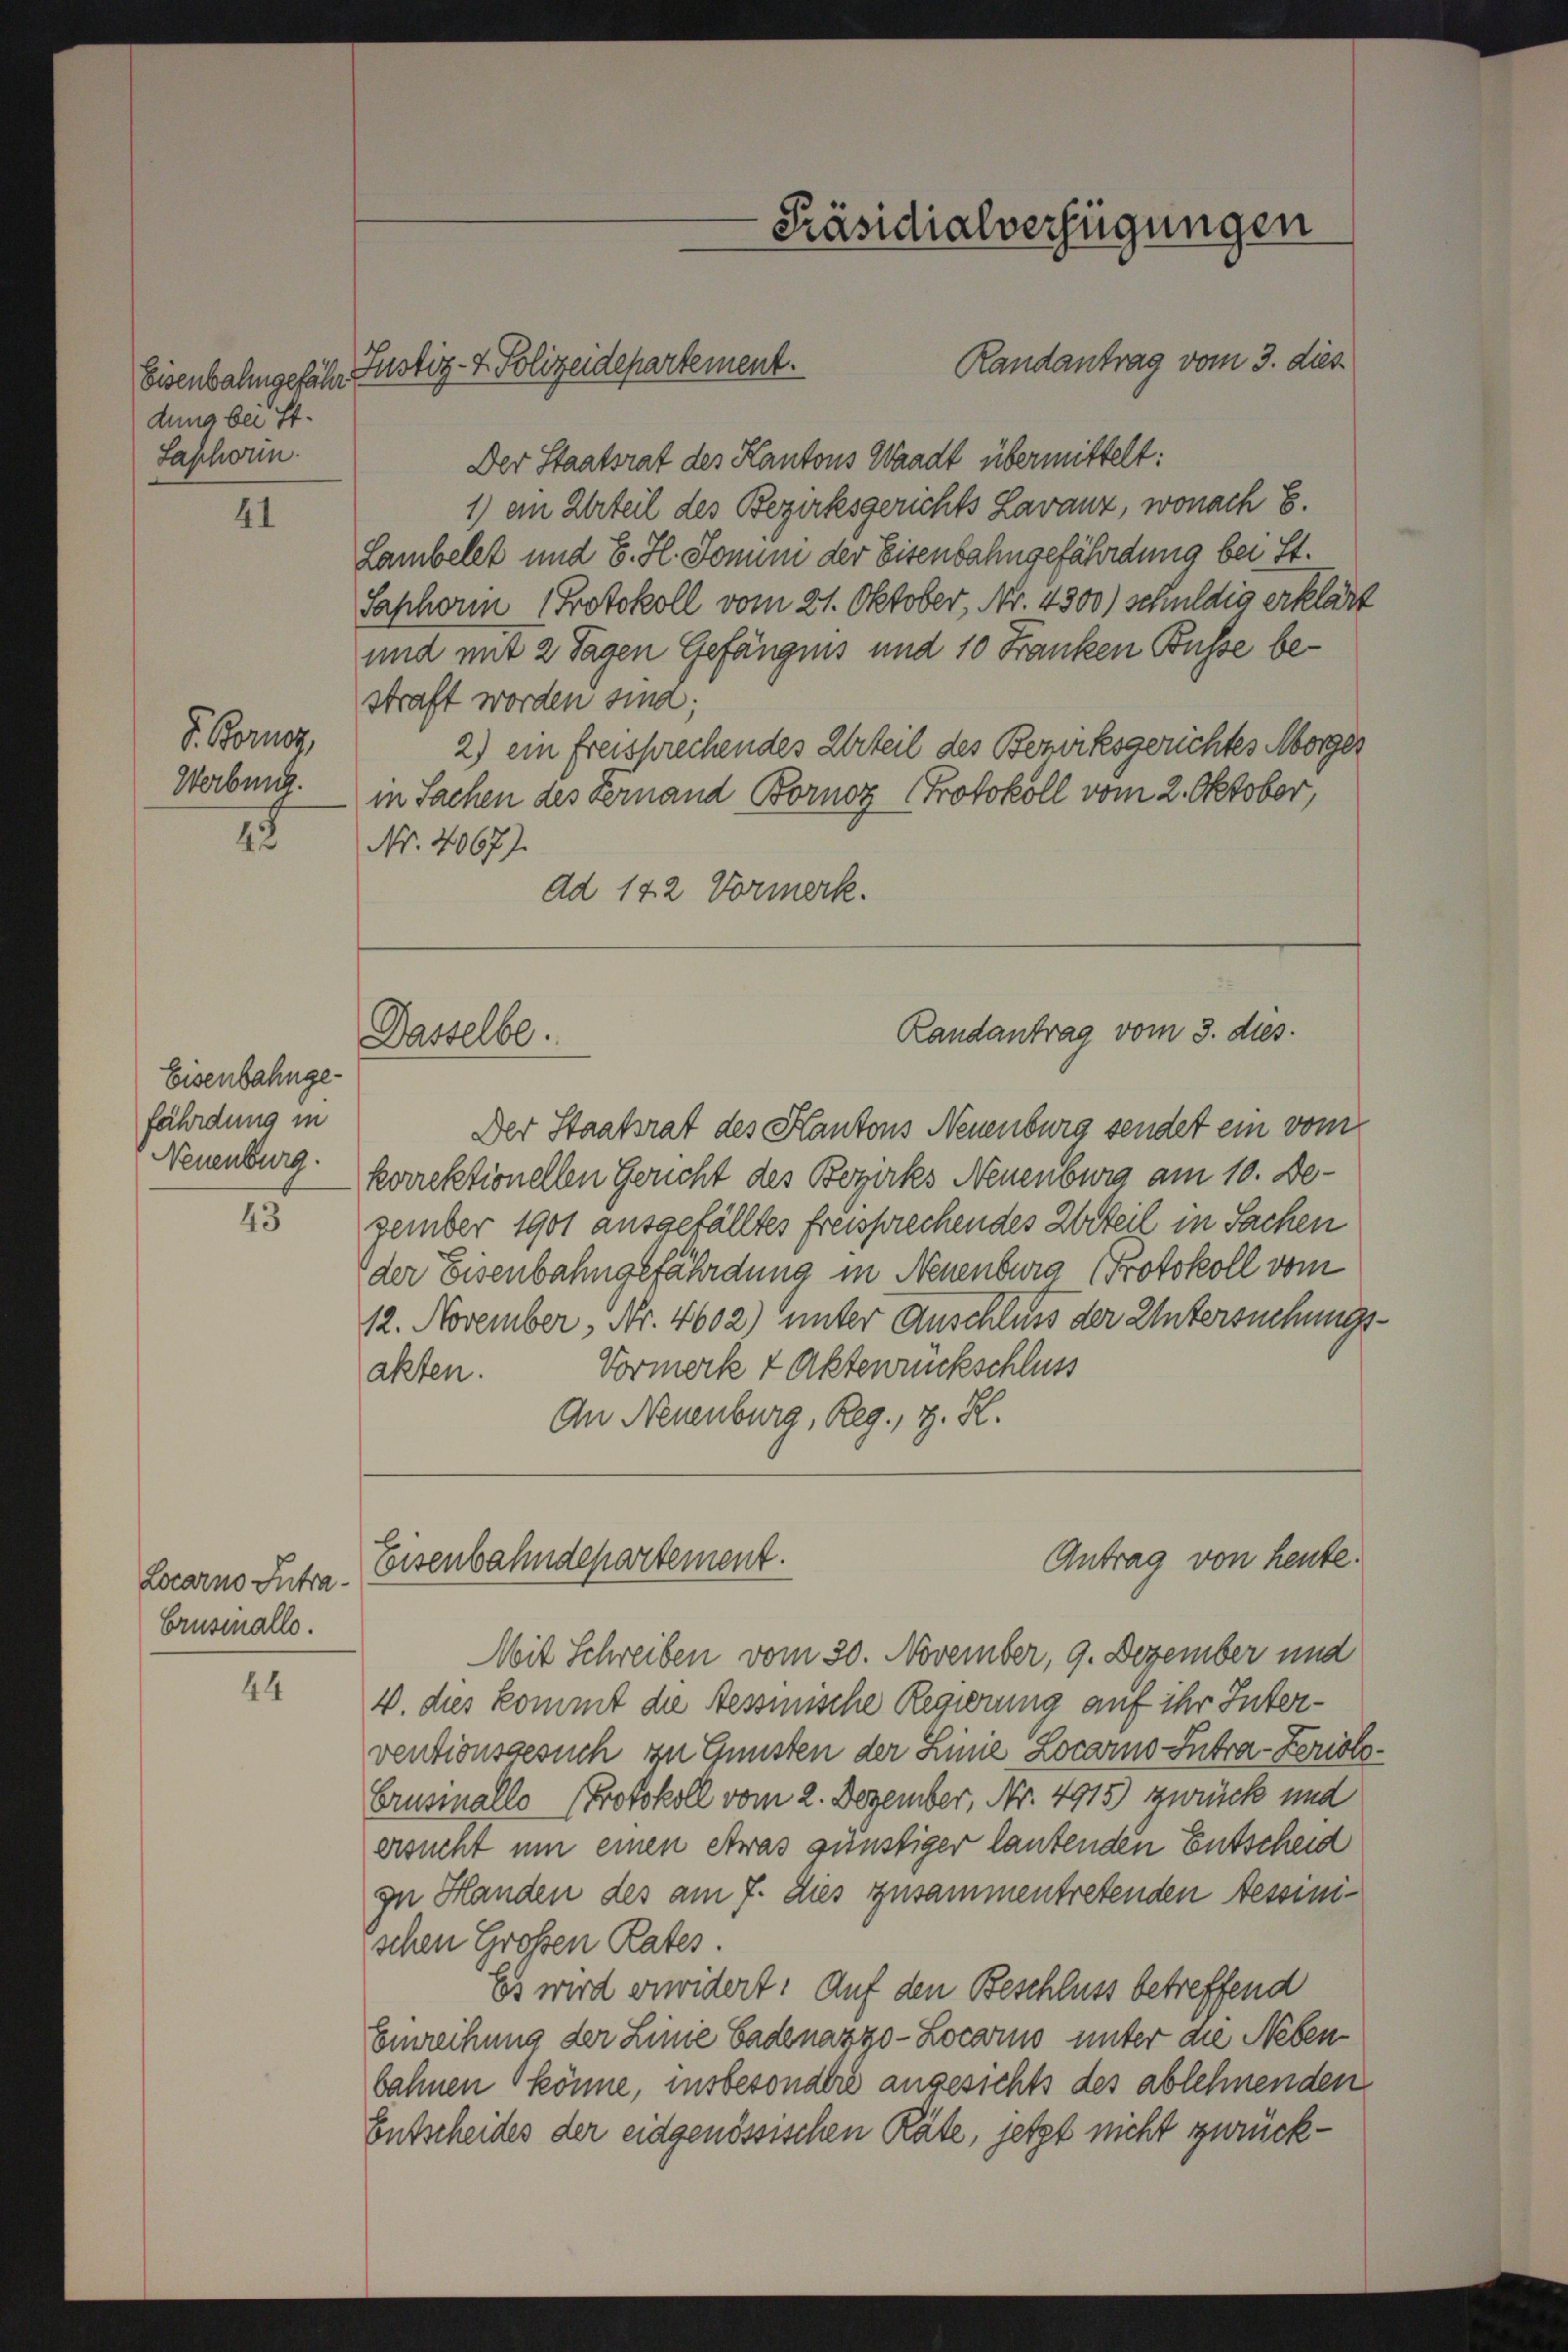
dung bei St.
Sashorn.

41

F. Bornag
Werbung.

25

Eisenbahnge
fährdung in
Neuenburg

43

Locarno Intra
Crusmallo.

44

Eisenbahngefähr Justiz- & Polizeidepartement.

Randantrag vom 3. dies
Der Staatsrat des Kantons Waadt übermittelt:
1) ein Urteil des Bezirksgerichts Lavanz, wonach E.
Lambelet und 6. H. Jonum der Eisenbahngefährdung bei St.
Saphori Protokoll vom 21. Oktober, Nr. 4300) schuldig erklärt
und mit 2 Tagen Gefängnis und 10 Franken Busse bestraft worden sind;
2) ein freisprechendes Urteil des Bezirksgerichtes Morger
in Sachen des Fernand Bornoz Protokoll vom 2. Oktober,
Nr. 4067).
Ad 142 Vormerk.

Dasselbe.

Eisenbahndepartement.

Präsidialverfügungen

Randantrag vom 3. dies

Antrag von heute.

Der Staatsrat des Kantons Neuenburg sendet ein vom
korrektionellen Gericht des Bezirks Neuenburg am 10. Dezember 1901 ausgefälltes freisprechendes Worteil in Sachen
der Eisenbahngefährdung in Neuenburg Protokoll vom
12. November, Nr. 4602) unter Anschluss der Untersuchungs¬
Vormerk + Aktenrückschluss
akten.
An Neuenburg, Reg., v. H.
Mit Schreiben vom 30. November, 9. Dezember und
v. dies kommt die Tessinische Regierung auf ihr Interventionsgesuch zu Gunsten der Linie Locarno Intra-Zeristo¬
Brusiallo Protokoll vom 2. Dezember, Nr. 4915) zurück und
ersucht um einen etwas günstiger lautenden Entscheid
zu Handen des am 7. dies zusammentretenden Tessinischen Großen Rates.
Es wird verwidert: Auf den Beschluss betreffend
Einreihung der Linie Badenazzo-Locarno unter die Neben
bahnen könne, insbesondere angesichts des ablehnenden
Entscheides der eidgenössischen Räte, jetzt nicht zurück¬